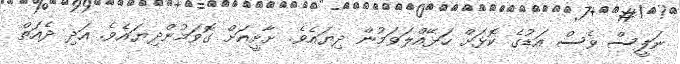
ނަފީސް ވެސް އަޑުގެ ކޮޅަށް ހަޅޭއްލަވަމުން ދިޔައެވެ. ށާށީއަށް ގޮވަމުންދިޔައެވެ. އަދި ދެއަތް